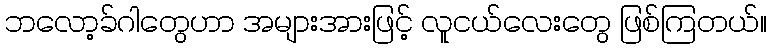
ဘလော့ခ်ဂါတွေဟာ အများအားဖြင့် လူငယ်လေးတွေ ဖြစ်ကြတယ်။